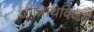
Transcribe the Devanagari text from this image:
जगन्नाथविजय